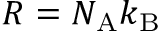
R = N _ { \mathrm { A } } k _ { \mathrm { B } }